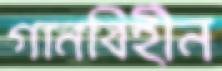
গানবিহীন